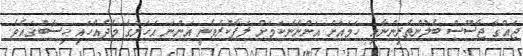
ޖައްގާ ޖާސޫސް ބެލުންތެރިންނާއި ހަމައަށް އަންނާނެކަމަށް ލަފާކުރެވެނީ އަންނަ އަހަރުގެ މެދެއްހައި ހިސާބުގައެވެ.